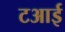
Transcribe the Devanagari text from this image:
टआई